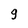
Character: 9